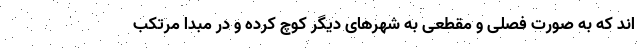
اند که به صورت فصلی و مقطعی به شهرهای دیگر کوچ کرده و در مبدا مرتکب